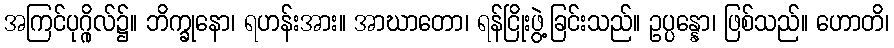
အကြင်ပုဂ္ဂိုလ်၌။ ဘိက္ခုနော၊ ရဟန်းအား။ အာဃာတော၊ ရန်ငြိုးဖွဲ့ခြင်းသည်။ ဥပ္ပန္နော၊ ဖြစ်သည်။ ဟောတိ၊